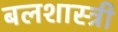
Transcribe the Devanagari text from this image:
बलशास्त्री